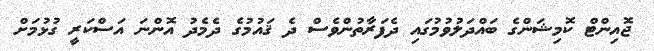
ޖޮއިންޓް ކޮމިޝަންގެ ބައްދަލުވުމުގައި ދެފަރާތުންވެސް ދެ ޤައުމުގެ ދެމެދު އޮންނަ އަސްކަރީ ގުޅުމަށް